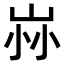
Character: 𡶿